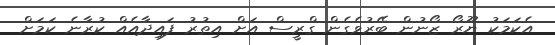
އެކަމަކު ޔޫރޯ ޒޯނުން ބޭރުވެގެން ގްރީސް އަށް އިތުރު ފައިދާއެއް ކުރާނެ ކަމަށް